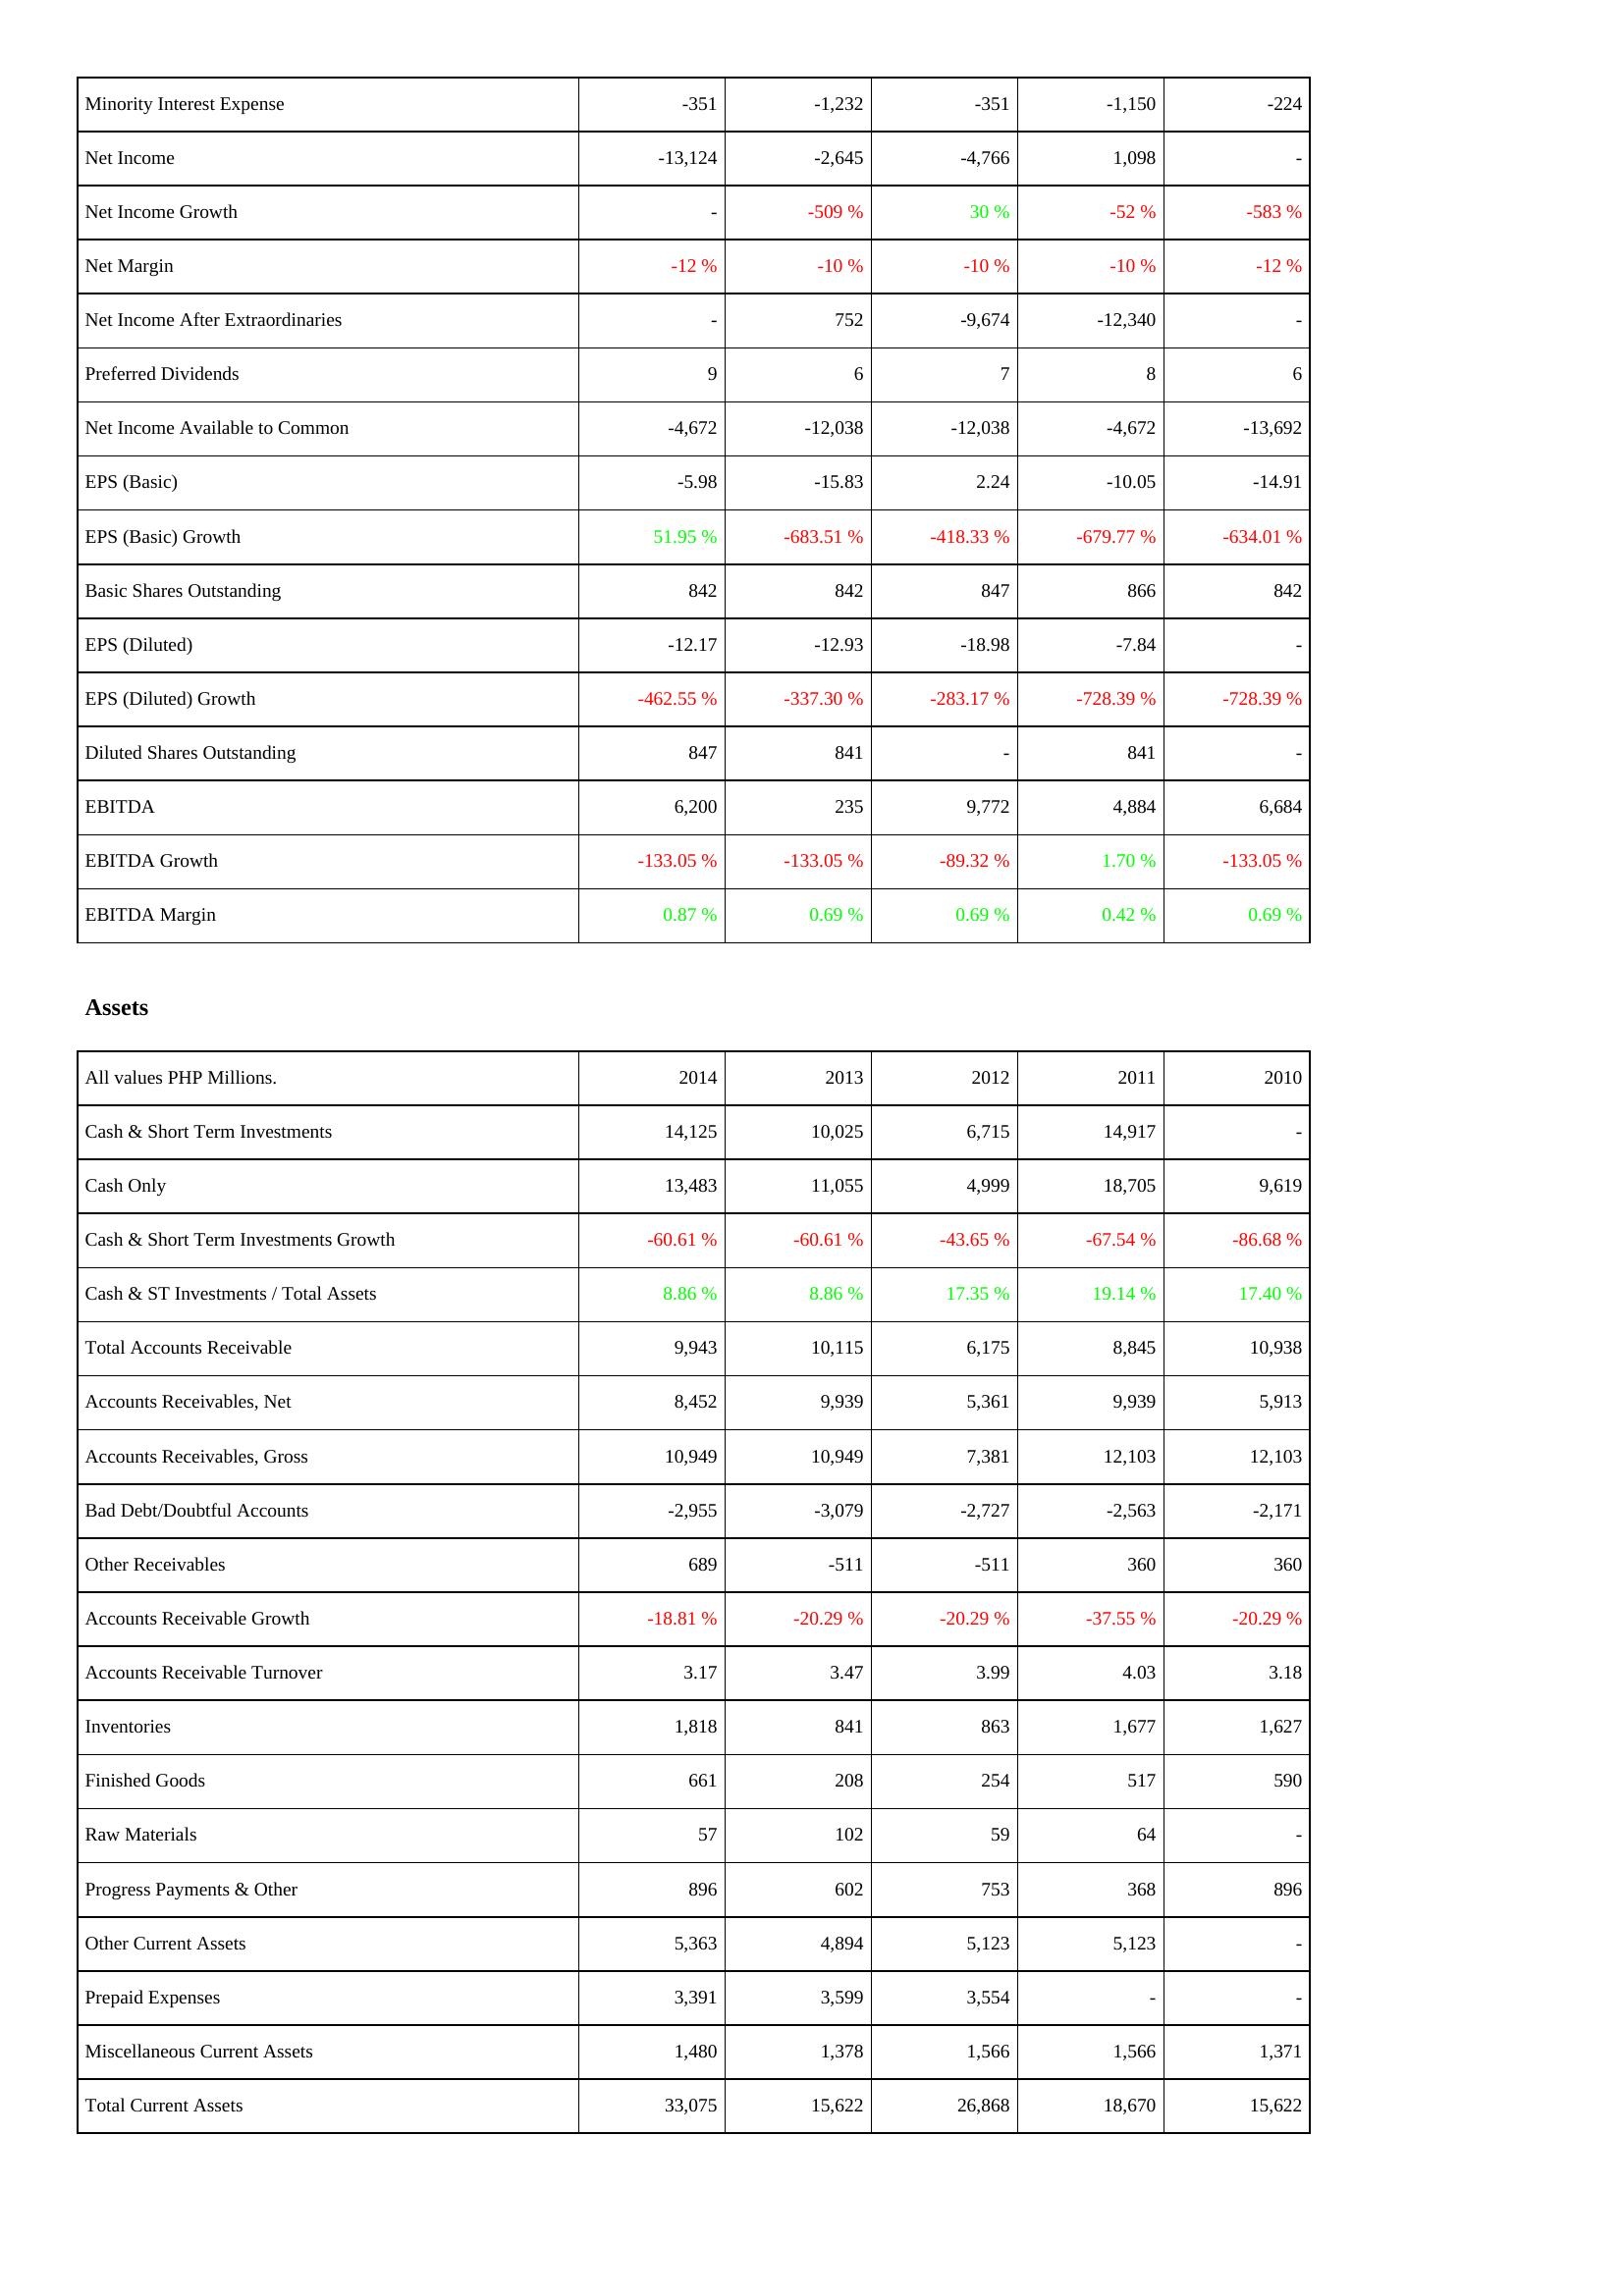
2014: Income Statement: Minority Interest Expense: -351
Net Income: -13,124
Net Income Growth: -
Net Margin: -12 %
Net Income After Extraordinaries: -
Preferred Dividends: 9
Net Income Available to Common: -4,672
EPS (Basic): -5.98
EPS (Basic) Growth: 51.95 %
Basic Shares Outstanding: 842
EPS (Diluted): -12.17
EPS (Diluted) Growth: -462.55 %
Diluted Shares Outstanding: 847
EBITDA: 6,200
EBITDA Growth: -133.05 %
EBITDA Margin: 0.87 %
Assets: Cash & Short Term Investments: 14,125
Cash Only: 13,483
Cash & Short Term Investments Growth: -60.61 %
Cash & ST Investments / Total Assets: 8.86 %
Total Accounts Receivable: 9,943
Accounts Receivables, Net: 8,452
Accounts Receivables, Gross: 10,949
Bad Debt/Doubtful Accounts: -2,955
Other Receivables: 689
Accounts Receivable Growth: -18.81 %
Accounts Receivable Turnover: 3.17
Inventories: 1,818
Finished Goods: 661
Raw Materials: 57
Progress Payments & Other: 896
Other Current Assets: 5,363
Prepaid Expenses: 3,391
Miscellaneous Current Assets: 1,480
Total Current Assets: 33,075
2013: Income Statement: Minority Interest Expense: -1,232
Net Income: -2,645
Net Income Growth: -509 %
Net Margin: -10 %
Net Income After Extraordinaries: 752
Preferred Dividends: 6
Net Income Available to Common: -12,038
EPS (Basic): -15.83
EPS (Basic) Growth: -683.51 %
Basic Shares Outstanding: 842
EPS (Diluted): -12.93
EPS (Diluted) Growth: -337.30 %
Diluted Shares Outstanding: 841
EBITDA: 235
EBITDA Growth: -133.05 %
EBITDA Margin: 0.69 %
Assets: Cash & Short Term Investments: 10,025
Cash Only: 11,055
Cash & Short Term Investments Growth: -60.61 %
Cash & ST Investments / Total Assets: 8.86 %
Total Accounts Receivable: 10,115
Accounts Receivables, Net: 9,939
Accounts Receivables, Gross: 10,949
Bad Debt/Doubtful Accounts: -3,079
Other Receivables: -511
Accounts Receivable Growth: -20.29 %
Accounts Receivable Turnover: 3.47
Inventories: 841
Finished Goods: 208
Raw Materials: 102
Progress Payments & Other: 602
Other Current Assets: 4,894
Prepaid Expenses: 3,599
Miscellaneous Current Assets: 1,378
Total Current Assets: 15,622
2012: Income Statement: Minority Interest Expense: -351
Net Income: -4,766
Net Income Growth: 30 %
Net Margin: -10 %
Net Income After Extraordinaries: -9,674
Preferred Dividends: 7
Net Income Available to Common: -12,038
EPS (Basic): 2.24
EPS (Basic) Growth: -418.33 %
Basic Shares Outstanding: 847
EPS (Diluted): -18.98
EPS (Diluted) Growth: -283.17 %
Diluted Shares Outstanding: -
EBITDA: 9,772
EBITDA Growth: -89.32 %
EBITDA Margin: 0.69 %
Assets: Cash & Short Term Investments: 6,715
Cash Only: 4,999
Cash & Short Term Investments Growth: -43.65 %
Cash & ST Investments / Total Assets: 17.35 %
Total Accounts Receivable: 6,175
Accounts Receivables, Net: 5,361
Accounts Receivables, Gross: 7,381
Bad Debt/Doubtful Accounts: -2,727
Other Receivables: -511
Accounts Receivable Growth: -20.29 %
Accounts Receivable Turnover: 3.99
Inventories: 863
Finished Goods: 254
Raw Materials: 59
Progress Payments & Other: 753
Other Current Assets: 5,123
Prepaid Expenses: 3,554
Miscellaneous Current Assets: 1,566
Total Current Assets: 26,868
2011: Income Statement: Minority Interest Expense: -1,150
Net Income: 1,098
Net Income Growth: -52 %
Net Margin: -10 %
Net Income After Extraordinaries: -12,340
Preferred Dividends: 8
Net Income Available to Common: -4,672
EPS (Basic): -10.05
EPS (Basic) Growth: -679.77 %
Basic Shares Outstanding: 866
EPS (Diluted): -7.84
EPS (Diluted) Growth: -728.39 %
Diluted Shares Outstanding: 841
EBITDA: 4,884
EBITDA Growth: 1.70 %
EBITDA Margin: 0.42 %
Assets: Cash & Short Term Investments: 14,917
Cash Only: 18,705
Cash & Short Term Investments Growth: -67.54 %
Cash & ST Investments / Total Assets: 19.14 %
Total Accounts Receivable: 8,845
Accounts Receivables, Net: 9,939
Accounts Receivables, Gross: 12,103
Bad Debt/Doubtful Accounts: -2,563
Other Receivables: 360
Accounts Receivable Growth: -37.55 %
Accounts Receivable Turnover: 4.03
Inventories: 1,677
Finished Goods: 517
Raw Materials: 64
Progress Payments & Other: 368
Other Current Assets: 5,123
Prepaid Expenses: -
Miscellaneous Current Assets: 1,566
Total Current Assets: 18,670
2010: Income Statement: Minority Interest Expense: -224
Net Income: -
Net Income Growth: -583 %
Net Margin: -12 %
Net Income After Extraordinaries: -
Preferred Dividends: 6
Net Income Available to Common: -13,692
EPS (Basic): -14.91
EPS (Basic) Growth: -634.01 %
Basic Shares Outstanding: 842
EPS (Diluted): -
EPS (Diluted) Growth: -728.39 %
Diluted Shares Outstanding: -
EBITDA: 6,684
EBITDA Growth: -133.05 %
EBITDA Margin: 0.69 %
Assets: Cash & Short Term Investments: -
Cash Only: 9,619
Cash & Short Term Investments Growth: -86.68 %
Cash & ST Investments / Total Assets: 17.40 %
Total Accounts Receivable: 10,938
Accounts Receivables, Net: 5,913
Accounts Receivables, Gross: 12,103
Bad Debt/Doubtful Accounts: -2,171
Other Receivables: 360
Accounts Receivable Growth: -20.29 %
Accounts Receivable Turnover: 3.18
Inventories: 1,627
Finished Goods: 590
Raw Materials: -
Progress Payments & Other: 896
Other Current Assets: -
Prepaid Expenses: -
Miscellaneous Current Assets: 1,371
Total Current Assets: 15,622